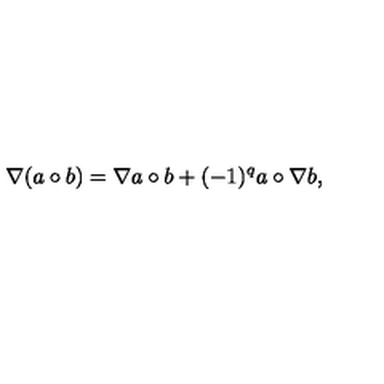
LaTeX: \nabla ( a \circ b ) = \nabla a \circ b + ( - 1 ) ^ { q } a \circ \nabla b ,